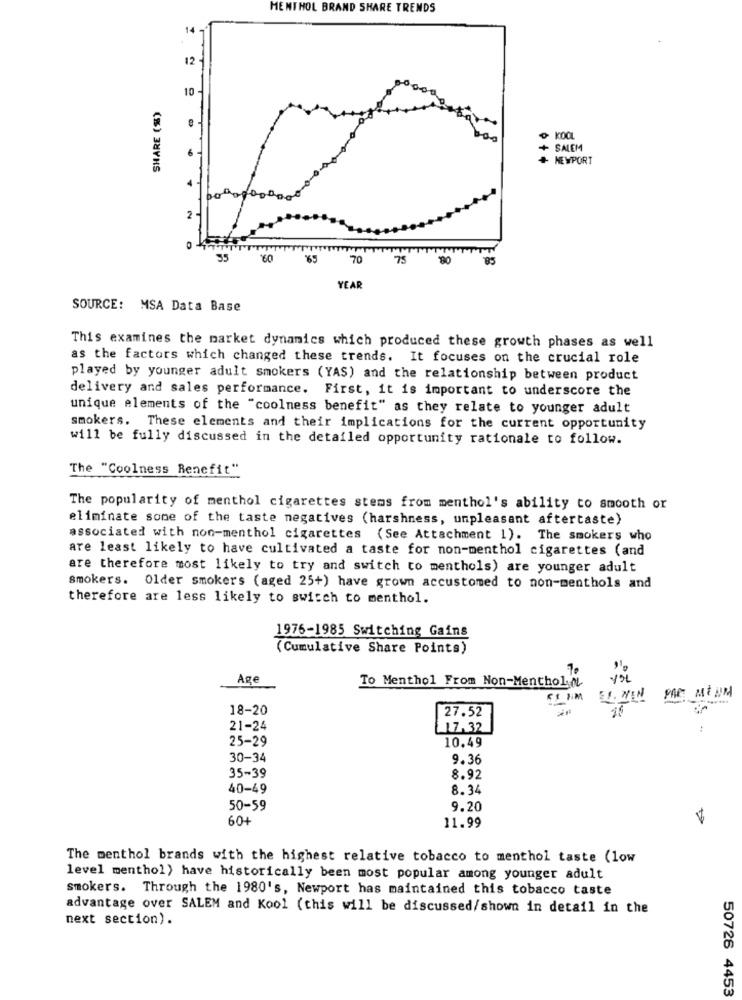
MENTHOL BRAND SHARE TRENDS
14 -
12
10 -
SHARE (%)
+ SALEM
NEWPORT
1600
2 -
55
60
165
70
75
YEAR
SOURCE: MSA Data Base
This examines the market dynamics which produced these growth phases as well
as the factors which changed these trends. It focuses on the crucial role
played by younger adult smokers (YAS) and the relationship between product
delivery and sales performance. First, it is important to underscore the
unique elements of the "coolness benefit" as they relate to younger adult
smokers. These elements and their implications for the current opportunity
will be fully discussed in the detailed opportunity rationale to follow.
The "Coolness Benefit"
The popularity of menthol cigarettes stems from menthol's ability to smooth or
eliminate some of the taste negatives (harshness, unpleasant aftertaste)
associated with non-menthol cigarettes (See Attachment 1). The smokers who
are least likely to have cultivated a taste for non-menthol cigarettes (and
are therefore most likely to try and switch to menthols) are younger adult
smokers. Older smokers (aged 25+) have grown accustomed to non-menthols and
therefore are less likely to switch to menthol.
1976-1985 Switching Gains
(Cumulative Share Points)
Age
To Menthol From Non-MentholML
ES. WIN
18-20
15
27.52
21-24
17.32
25-29
10.49
30-34
9.36
35-39
8.92
40-49
8.34
50-59
9.20
60-
11.99
The menthol brands with the highest relative tobacco to menthol taste (low
level menthol) have historically been most popular among younger adult
smokers. Through the 1980's, Newport has maintained this tobacco taste
advantage over SALEM and Kool (this will be discussed/shown in detail in the
next section).
50726 4453